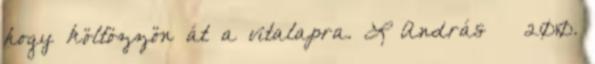
hogy költözzön át a vitalapra. L András → 2010.